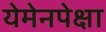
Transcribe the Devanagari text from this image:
येमेनपेक्षा